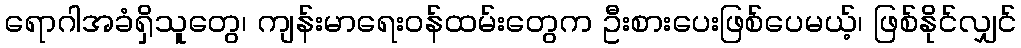
ရောဂါအခံရှိသူတွေ၊ ကျန်းမာရေးဝန်ထမ်းတွေက ဦးစားပေးဖြစ်ပေမယ့်၊ ဖြစ်နိုင်လျှင်